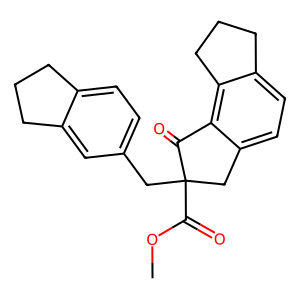
SMILES: COC(=O)C1(Cc2ccc3c(c2)CCC3)Cc2ccc3c(c2C1=O)CCC3
Inhibits HIV replication: No